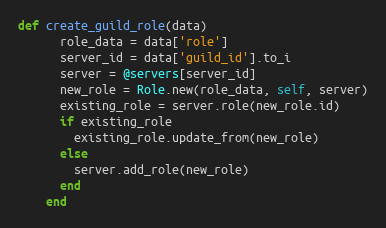
Language: Ruby
def create_guild_role(data)
      role_data = data['role']
      server_id = data['guild_id'].to_i
      server = @servers[server_id]
      new_role = Role.new(role_data, self, server)
      existing_role = server.role(new_role.id)
      if existing_role
        existing_role.update_from(new_role)
      else
        server.add_role(new_role)
      end
    end